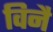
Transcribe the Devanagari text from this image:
विनै